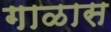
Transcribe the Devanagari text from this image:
गाळास